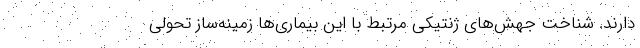
دارند. شناخت جهش‌های ژنتیکی مرتبط با این بیماری‌ها زمینه‌ساز تحولی